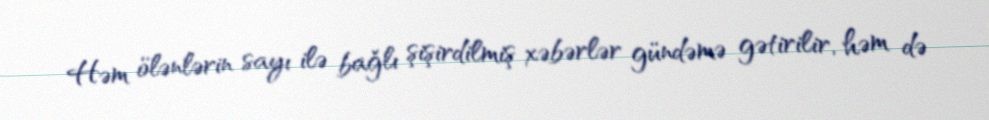
Həm ölənlərin sayı ilə bağlı şişirdilmiş xəbərlər gündəmə gətirilir, həm də